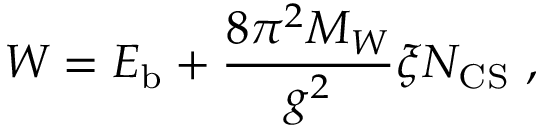
W = E _ { \mathrm { b } } + \frac { 8 \pi ^ { 2 } M _ { W } } { g ^ { 2 } } \xi N _ { \mathrm { C S } } \ ,